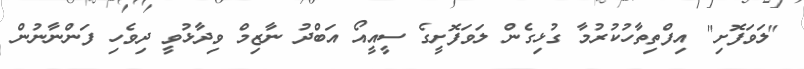
"ލަވަފޮށި" އިފްތިތާހުކުރުމާ ގުޅިގެން ލަވަފޮށީގެ ސީއީއޯ އަބްދު ނާޒިމް ވިދާޅުވީ ދިވެހި ފަންނާނުން